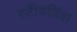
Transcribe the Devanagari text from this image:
स्‍टीवर्डिस